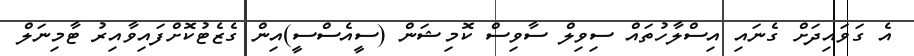
އެ ގަވައިދަށް ގެނައި އިސްލާހުތައް ސިވިލް ސާވިސް ކޮމިޝަން (ސީއެސްސީ)އިން ގެޒެޓުކޮށްފައިވާއިރު ޓާމިނަލް